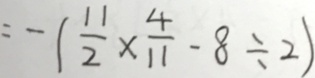
= - ( \frac { 1 1 } { 2 } \times \frac { 4 } { 1 1 } - 8 \div 2 )